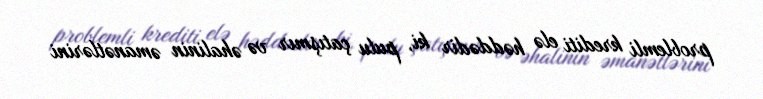
problemli krediti elə həddədir ki, pulu çatışmır və əhalinin əmanətlərini